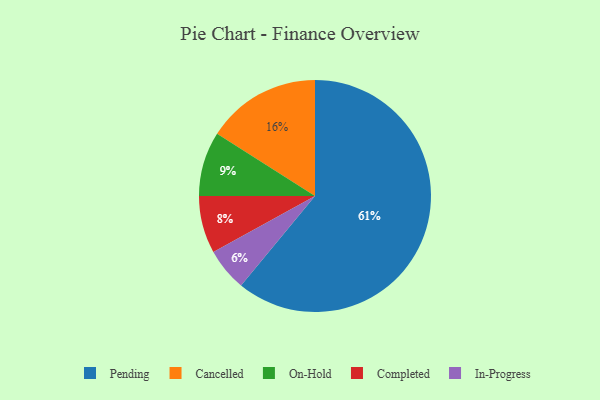
{"axis": {"x": "Category", "y": "Percentage"}, "legend": ["Cancelled", "Completed", "In-Progress", "On-Hold", "Pending"], "data": [{"x": "Completed", "y": 8, "type": "Completed"}, {"x": "On-Hold", "y": 9, "type": "On-Hold"}, {"x": "In-Progress", "y": 6, "type": "In-Progress"}, {"x": "Pending", "y": 61, "type": "Pending"}, {"x": "Cancelled", "y": 16, "type": "Cancelled"}]}